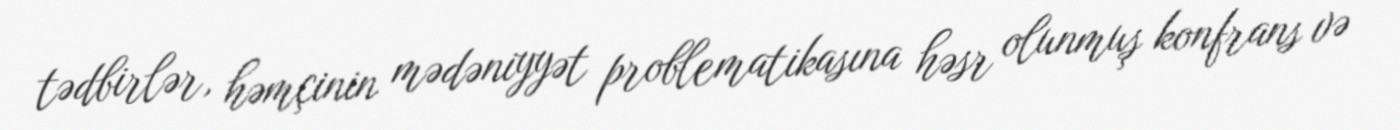
tədbirlər, həmçinin mədəniyyət problematikasına həsr olunmuş konfrans və